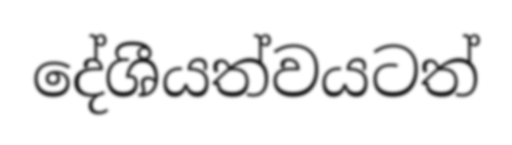
දේශීයත්වයටත්